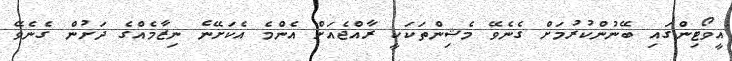
އީވޯޓިންގައި ބޭނުންކުރުމަށް ގެނެވޭ މެޝިިންތަކަކީ ރާއްޖެއަށް އެންމެ އެކަށޭނެ ނިޒާމެއްގެ ދަށުން ގެނެވޭ